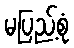
မပြည့်စုံ